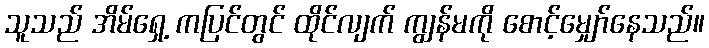
သူသည် အိမ်ရှေ့ ကပြင်တွင် ထိုင်လျက် ကျွန်မကို စောင့်မျှော်နေသည်။